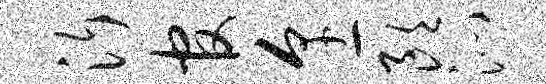
沂官烹朗沁